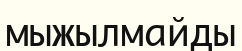
мыжылмайды